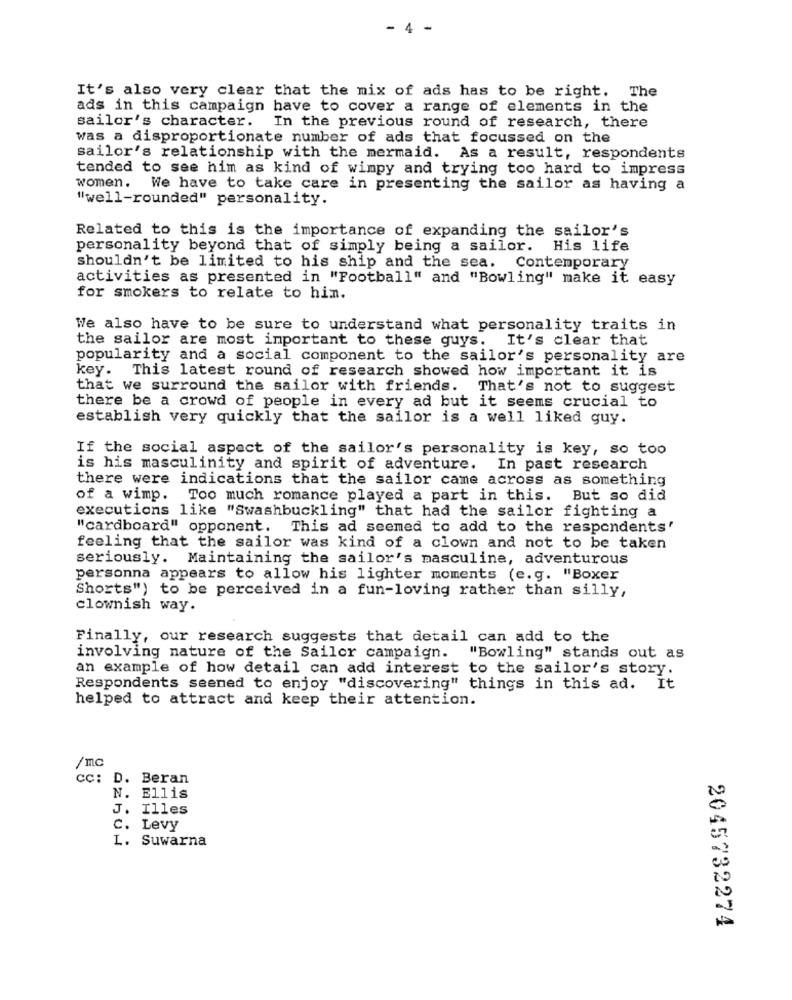
- 4 -
It's also very clear that the mix of ads has to be right. The
ads in this campaign have to cover a range of elements in the
sailor's character.
In the previous round of research, there
was a disproportionate number of ads that focussed on the
sailor's relationship with the mermaid. As a result, respondents
tended to see him as kind of wimpy and trying too hard to impress
women. We have to take care in presenting the sailor as having a
"well-rounded" personality.
Related to this is the importance of expanding the sailor's
personality beyond that of simply being a sailor. His life
shouldn't be limited to his ship and the sea. Contemporary
activities as presented in "Football" and "Bowling" make it easy
for smokers to relate to him.
We also have to be sure to understand what personality traits in
the sailor are most important to these guys. It's clear that
popularity and a social component to the sailor's personality are
key. This latest round of research showed how important it is
that we surround the sailor with friends. That's not to suggest
there be a crowd of people in every ad but it seems crucial to
establish very quickly that the sailor is a well liked guy.
If the social aspect of the sailor's personality is key, so too
is his masculinity and spirit of adventure. In past research
there were indications that the sailor came across as something
of a wimp. Too much romance played a part in this. But so did
executions like "Swashbuckling" that had the sailor fighting a
"cardboard" opponent. This ad seemed to add to the respondents'
feeling that the sailor was kind of a clown and not to be taken
seriously. Maintaining the sailor's masculine, adventurous
personna appears to allow his lighter moments (e.g. "Boxer
Shorts") to be perceived in a fun-loving rather than silly,
clownish way.
Finally, our research suggests that detail can add to the
involving nature of the Sailor campaign.
"Bowling" stands out as
an example of how detail can add interest to the sailor's story.
Respondents seemed to enjoy "discovering" things in this ad. It
helped to attract and keep their attention.
/mc
cc: D. Beran
N. Ellis
J. Illes
C. Levy
L. Suwarna
2045732274